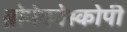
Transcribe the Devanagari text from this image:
ब्रोनेकोस्कोपी